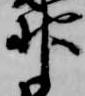
神